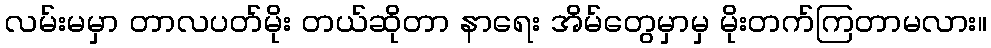
လမ်းမမှာ တာလပတ်မိုး တယ်ဆိုတာ နာရေး အိမ်တွေမှာမှ မိုးတက်ကြတာမလား။